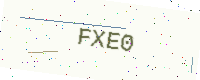
Text: FXE0